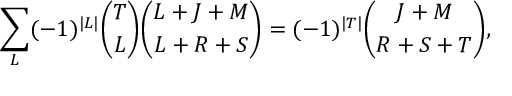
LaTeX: \sum _ { L } ( - 1 ) ^ { \vert L \vert } { \binom { T } { L } } { \binom { L + J + M } { L + R + S } } = ( - 1 ) ^ { \vert T \vert } { \binom { J + M } { R + S + T } } ,